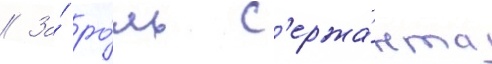
// За́ ро́ль с'ержа́нта